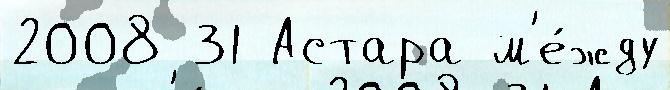
2008 31 Астара м'е́жду